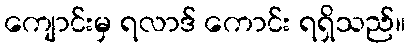
ကျောင်းမှ ရလာဒ် ကောင်း ရရှိသည်။